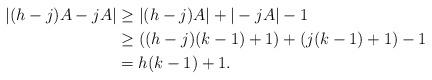
LaTeX: \begin{align*}| (h-j)A-jA | & \geq |(h-j)A| + |-jA| - 1 \\ & \geq ( (h-j)(k-1)+1 ) + (j(k-1)+1) - 1 \\ & = h(k-1)+1.\end{align*}